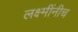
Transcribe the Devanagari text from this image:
लक्ष्मींनीच